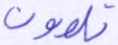
تلوون